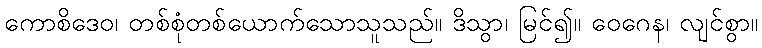
ကောစိဒေဝ၊ တစ်စုံတစ်ယောက်သောသူသည်။ ဒိသွာ၊ မြင်၍။ ဝေဂေန၊ လျင်စွာ။